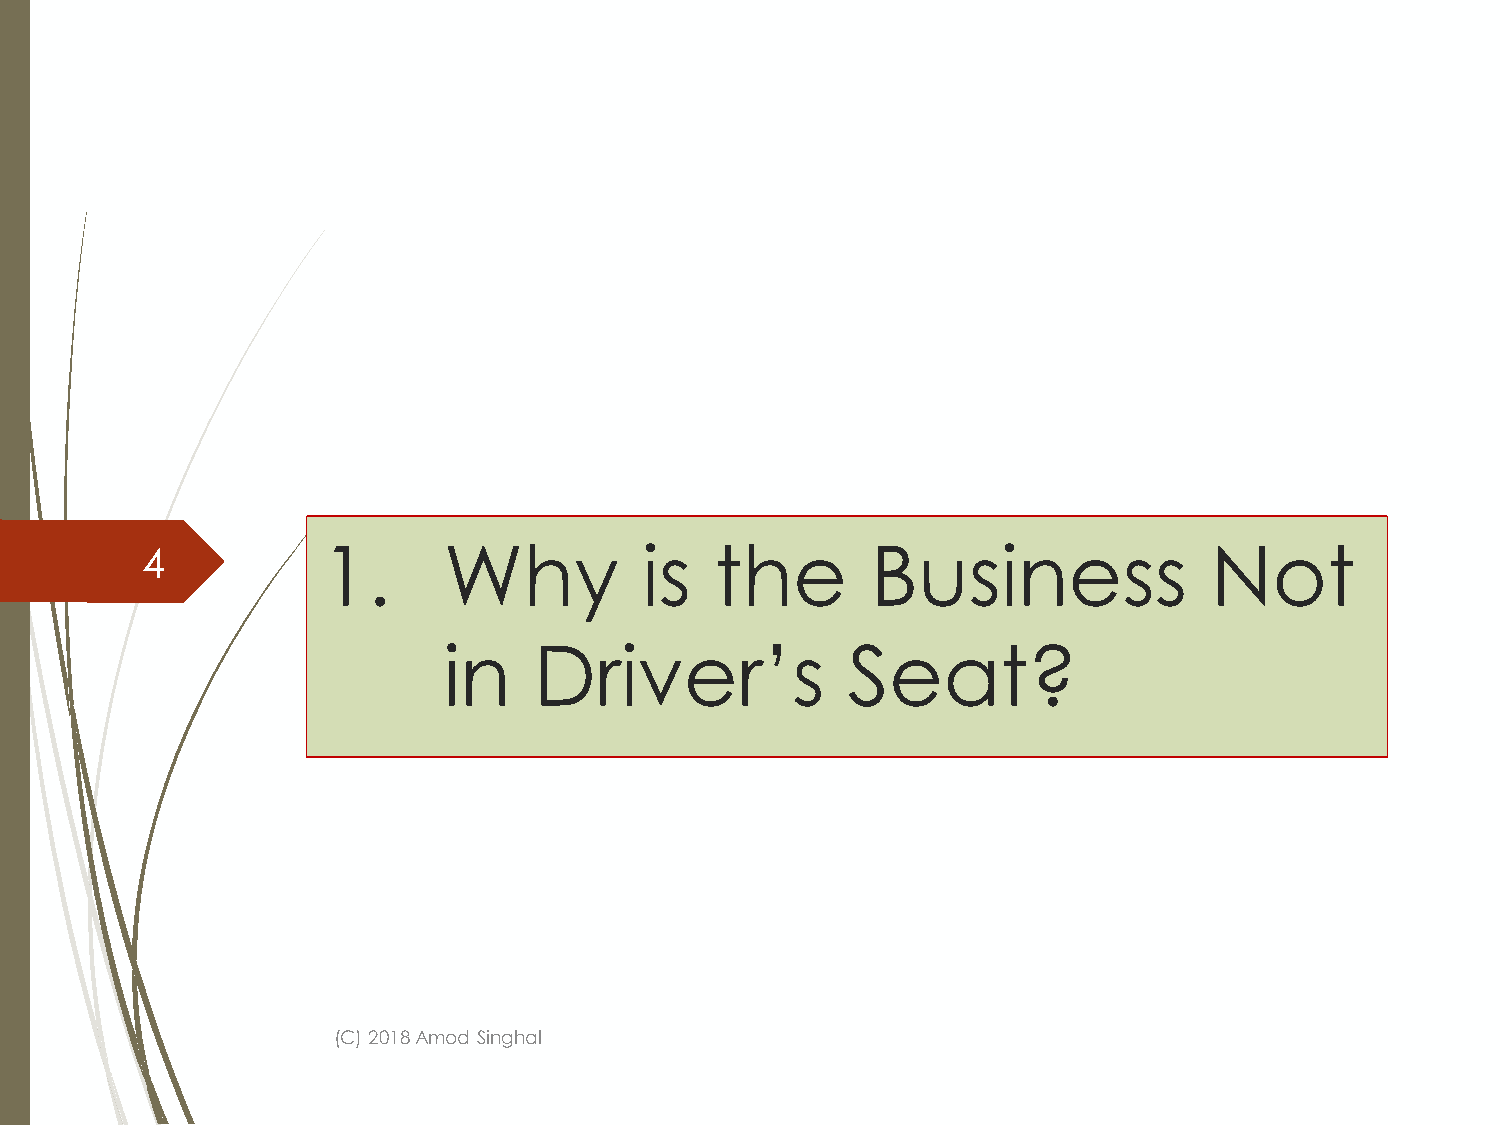
4           1.      Why           is  the        Business              Not
 in    Driver’s             Seat?
 (C) 2018 Amod Singhal